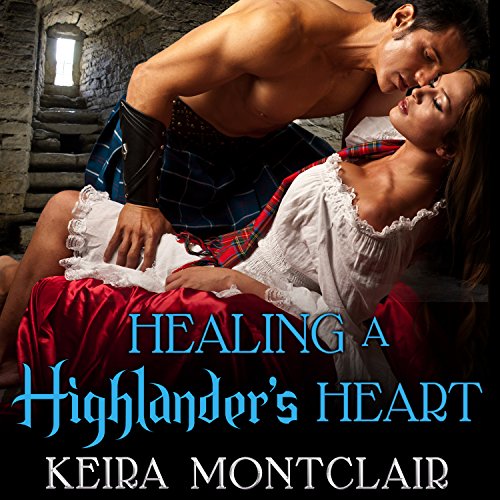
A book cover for Healing a Highlander's Heart: Clan Grant, Book 2; Keira Montclair; Romance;